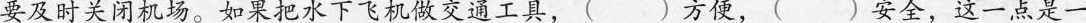
要及时关闭机场。如果把水下飞机做交通工具，()方便，()安全，这一点是一